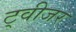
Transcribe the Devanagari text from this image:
ट्वीजर